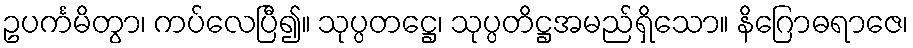
ဥပင်္ကမိတွာ၊ ကပ်လေပြီ၍။ သုပ္ပတဋ္ဌေ၊ သုပ္ပတိဋ္ဌအမည်ရှိသော။ နိဂြောဓရာဇေ၊